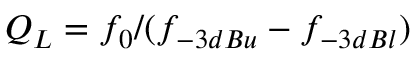
Q _ { L } = f _ { 0 } / ( f _ { - 3 d B u } - f _ { - 3 d B l } )